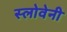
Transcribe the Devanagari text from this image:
स्लोवेनी